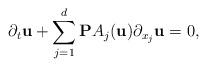
LaTeX: \begin{align*}\partial_{t}\textbf{u} + \sum_{j=1}^{d} \textbf{P}A_{j}(\textbf{u})\partial_{x_{j}}\textbf{u}=0,\end{align*}